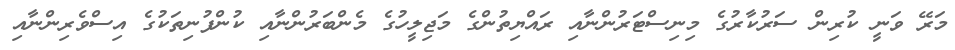
މަރޭ ވަނީ ކުރިން ސަރުކާރުގެ މިނިސްޓަރުންނާއި ރައްޔިތުންގެ މަޖިލީހުގެ މެންބަރުންނާއި ކުންފުނިތަކުގެ އިސްވެރިންނާއި